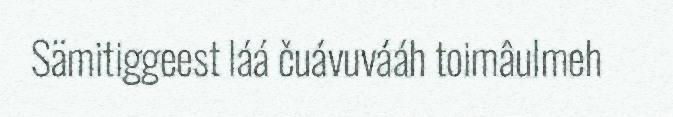
Sämitiggeest láá čuávuvááh toimâulmeh